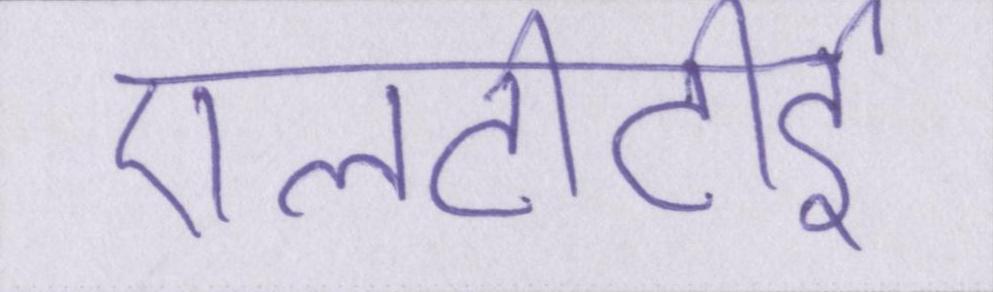
एलटीटीइ